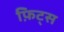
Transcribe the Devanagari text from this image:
फ़िट्स